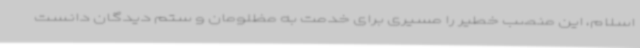
اسلام، این منصب خطیر را مسیری برای خدمت به مظلومان و ستم دیدگان دانست